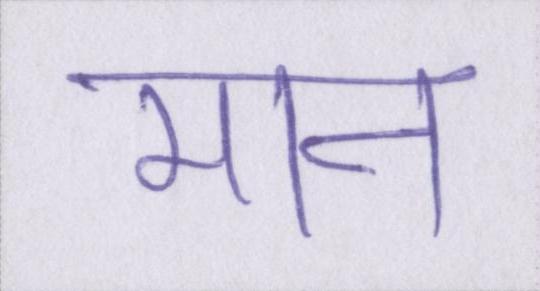
मान